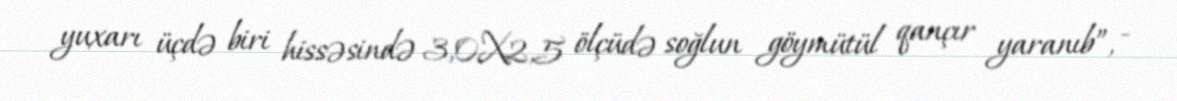
yuxarı üçdə biri hissəsində 3,0X2,5 ölçüdə soğlun göymütül qançır yaranıb”, -